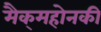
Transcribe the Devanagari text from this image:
मैक्‌महोनकी